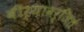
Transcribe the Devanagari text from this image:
वीर्यावर्जितं